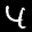
Label: 4